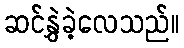
ဆင်နွှဲခဲ့လေသည်။